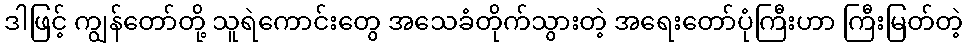
ဒါဖြင့် ကျွန်တော်တို့ သူရဲကောင်းတွေ အသေခံတိုက်သွားတဲ့ အရေးတော်ပုံကြီးဟာ ကြီးမြတ်တဲ့